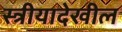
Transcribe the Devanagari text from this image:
स्त्रीयादेखील